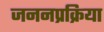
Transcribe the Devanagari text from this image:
जननप्रक्रिया